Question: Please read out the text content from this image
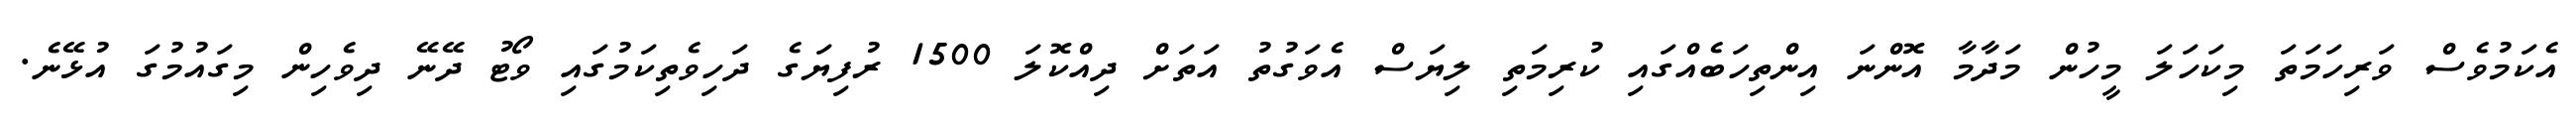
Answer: އެކަމުވެސް ވަރިހަމަތަ މިކަހަލަ މީހުން މަދާމާ އޮންނަ އިންތިހަބެއްގައި ކުރިމަތި ލިޔަސް އެވަގުތު އަތަށް ދިއްކޮލަ 1500 ރުފިޔަގެ ދަހިވެތިކަމުގައި ވޯޓު ދޭނޭ ދިވެހިން މިގައުމުގަ އުޅޭނެ.